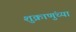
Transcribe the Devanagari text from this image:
शुक्राणुंच्या